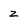
Character: z